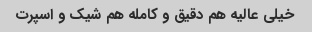
خیلی عالیه هم دقیق و کامله هم شیک و اسپرت